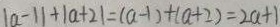
\vert a - 1 \vert + \vert a + 2 \vert = ( a - 1 ) + ( a + 2 ) = 2 a + 1